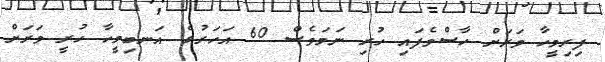
ފިރިމީހާ ވަރަށް ހާސްވެފައި ހުރި ނަމަވެސް 60 އަހަރުގެ އަނބިމީހާ ހުރީ ވަރަށް